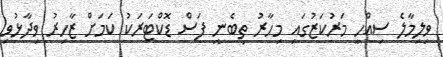
ވިލިމާލެ ސިއްހީ މަރުކަޒުގައި މިހާރު ތިބެނީ ފަސް ޑޮކްޓަރަކު ކަމަށް ޒާހިރު ވިދާޅުވި